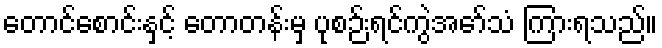
တောင်စောင်းနှင့် တောတန်းမှ ပုစဉ်းရင်ကွဲအော်သံ ကြားရသည်။